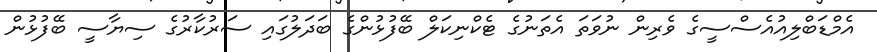
އެމްޑަބްލިއުއެސްސީގެ ވެރިން ނުވަތަ އެތަނުގެ ޓެކްނިކަލް ބޭފުޅުންގެ ބަދަލުގައި ސަރުކާރުގެ ސިޔާސީ ބޭފުޅުން